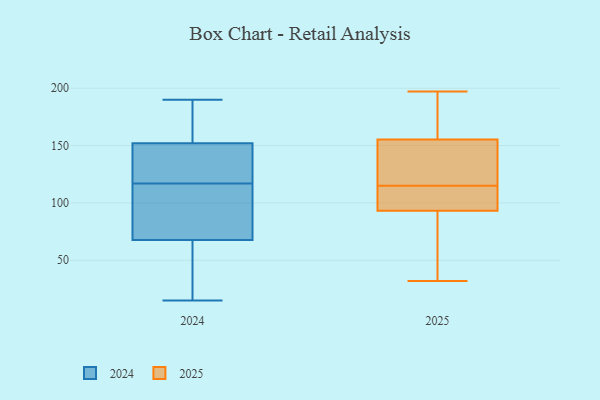
{"axis": {"x": "Conversion Rate (%)", "y": "Value"}, "legend": ["2024", "2025"], "data": [{"x": "", "y": 54, "type": "2024"}, {"x": "", "y": 154, "type": "2024"}, {"x": "", "y": 108, "type": "2024"}, {"x": "", "y": 79, "type": "2024"}, {"x": "", "y": 22, "type": "2024"}, {"x": "", "y": 64, "type": "2024"}, {"x": "", "y": 117, "type": "2024"}, {"x": "", "y": 93, "type": "2024"}, {"x": "", "y": 190, "type": "2024"}, {"x": "", "y": 52, "type": "2024"}, {"x": "", "y": 127, "type": "2024"}, {"x": "", "y": 15, "type": "2024"}, {"x": "", "y": 161, "type": "2024"}, {"x": "", "y": 146, "type": "2024"}, {"x": "", "y": 130, "type": "2024"}, {"x": "", "y": 102, "type": "2024"}, {"x": "", "y": 190, "type": "2024"}, {"x": "", "y": 127, "type": "2024"}, {"x": "", "y": 182, "type": "2024"}, {"x": "", "y": 32, "type": "2025"}, {"x": "", "y": 103, "type": "2025"}, {"x": "", "y": 107, "type": "2025"}, {"x": "", "y": 197, "type": "2025"}, {"x": "", "y": 194, "type": "2025"}, {"x": "", "y": 125, "type": "2025"}, {"x": "", "y": 34, "type": "2025"}, {"x": "", "y": 173, "type": "2025"}, {"x": "", "y": 99, "type": "2025"}, {"x": "", "y": 113, "type": "2025"}, {"x": "", "y": 76, "type": "2025"}, {"x": "", "y": 154, "type": "2025"}, {"x": "", "y": 63, "type": "2025"}, {"x": "", "y": 115, "type": "2025"}, {"x": "", "y": 154, "type": "2025"}, {"x": "", "y": 131, "type": "2025"}, {"x": "", "y": 159, "type": "2025"}]}